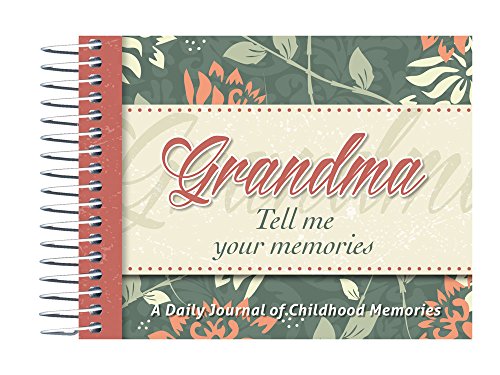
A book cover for Grandma, Tell Me Your Memories; Kathy Lashier; Parenting & Relationships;